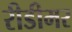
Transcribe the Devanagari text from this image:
रीडीमर